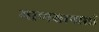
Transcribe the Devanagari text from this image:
माणसापाशी